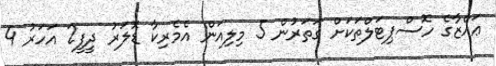
ޢައްޒާގެ ހޮސްޕިޓަލްތަކަށް ގަތަރުން 5 މިލިއަން އެމެރިކާ ޑޮލަރު ދީފީ2 އަހަރު 4